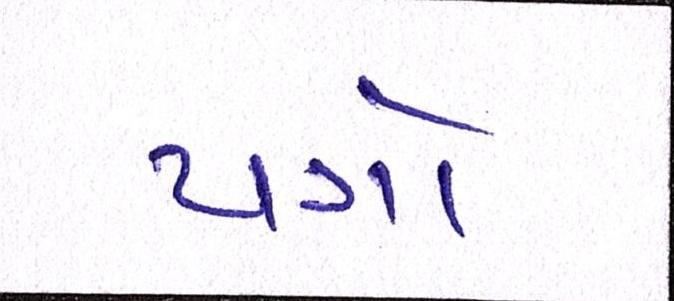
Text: પત્રો